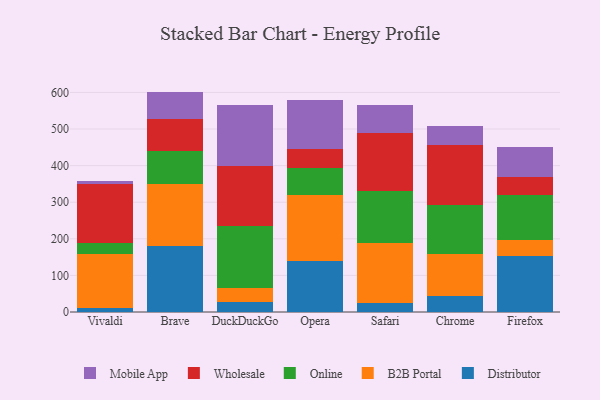
{"axis": {"x": "Browser", "y": "Satisfaction Score"}, "legend": ["B2B Portal", "Distributor", "Mobile App", "Online", "Wholesale"], "data": [{"x": "Vivaldi", "y": 10.5, "type": "Distributor"}, {"x": "Vivaldi", "y": 148.3, "type": "B2B Portal"}, {"x": "Vivaldi", "y": 28.7, "type": "Online"}, {"x": "Vivaldi", "y": 162.3, "type": "Wholesale"}, {"x": "Vivaldi", "y": 7.7, "type": "Mobile App"}, {"x": "Brave", "y": 179.4, "type": "Distributor"}, {"x": "Brave", "y": 171.0, "type": "B2B Portal"}, {"x": "Brave", "y": 89.1, "type": "Online"}, {"x": "Brave", "y": 87.3, "type": "Wholesale"}, {"x": "Brave", "y": 75.5, "type": "Mobile App"}, {"x": "DuckDuckGo", "y": 28.0, "type": "Distributor"}, {"x": "DuckDuckGo", "y": 36.6, "type": "B2B Portal"}, {"x": "DuckDuckGo", "y": 169.6, "type": "Online"}, {"x": "DuckDuckGo", "y": 164.2, "type": "Wholesale"}, {"x": "DuckDuckGo", "y": 167.7, "type": "Mobile App"}, {"x": "Opera", "y": 139.6, "type": "Distributor"}, {"x": "Opera", "y": 179.4, "type": "B2B Portal"}, {"x": "Opera", "y": 75.1, "type": "Online"}, {"x": "Opera", "y": 50.4, "type": "Wholesale"}, {"x": "Opera", "y": 136.1, "type": "Mobile App"}, {"x": "Safari", "y": 25.6, "type": "Distributor"}, {"x": "Safari", "y": 162.8, "type": "B2B Portal"}, {"x": "Safari", "y": 142.6, "type": "Online"}, {"x": "Safari", "y": 156.9, "type": "Wholesale"}, {"x": "Safari", "y": 76.6, "type": "Mobile App"}, {"x": "Chrome", "y": 44.1, "type": "Distributor"}, {"x": "Chrome", "y": 114.6, "type": "B2B Portal"}, {"x": "Chrome", "y": 134.9, "type": "Online"}, {"x": "Chrome", "y": 162.4, "type": "Wholesale"}, {"x": "Chrome", "y": 52.4, "type": "Mobile App"}, {"x": "Firefox", "y": 152.9, "type": "Distributor"}, {"x": "Firefox", "y": 43.1, "type": "B2B Portal"}, {"x": "Firefox", "y": 124.1, "type": "Online"}, {"x": "Firefox", "y": 48.8, "type": "Wholesale"}, {"x": "Firefox", "y": 80.7, "type": "Mobile App"}]}